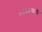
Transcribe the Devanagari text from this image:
१८५४साली